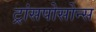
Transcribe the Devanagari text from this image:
ट्रांसपोसोन्स